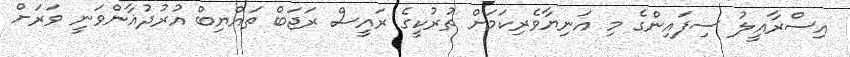
އިސްރާއީލު ސިފައިންގެ މި އަނިޔާވެރިކަމަށް ތުރުކީގެ ރައީސް ރަޖަބް ތައްޔިބް އުރުދުޣާންވަނީ ވަރަށް